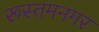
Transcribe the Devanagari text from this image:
रूस्तमनगर